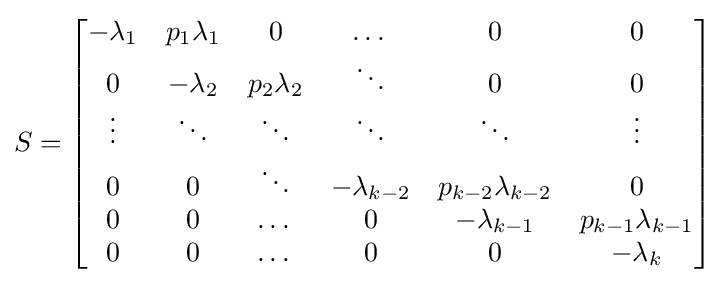
S=\left[{\begin{matrix}-\lambda _{1}&p_{1}\lambda _{1}&0&\dots &0&0\\0&-\lambda _{2}&p_{2}\lambda _{2}&\ddots &0&0\\\vdots &\ddots &\ddots &\ddots &\ddots &\vdots \\0&0&\ddots &-\lambda _{k-2}&p_{k-2}\lambda _{k-2}&0\\0&0&\dots &0&-\lambda _{k-1}&p_{k-1}\lambda _{k-1}\\0&0&\dots &0&0&-\lambda _{k}\end{matrix}}\right]